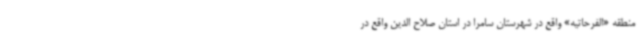
منطقه «الفرحاتیه» واقع در شهرستان سامرا در استان صلاح الدین واقع در